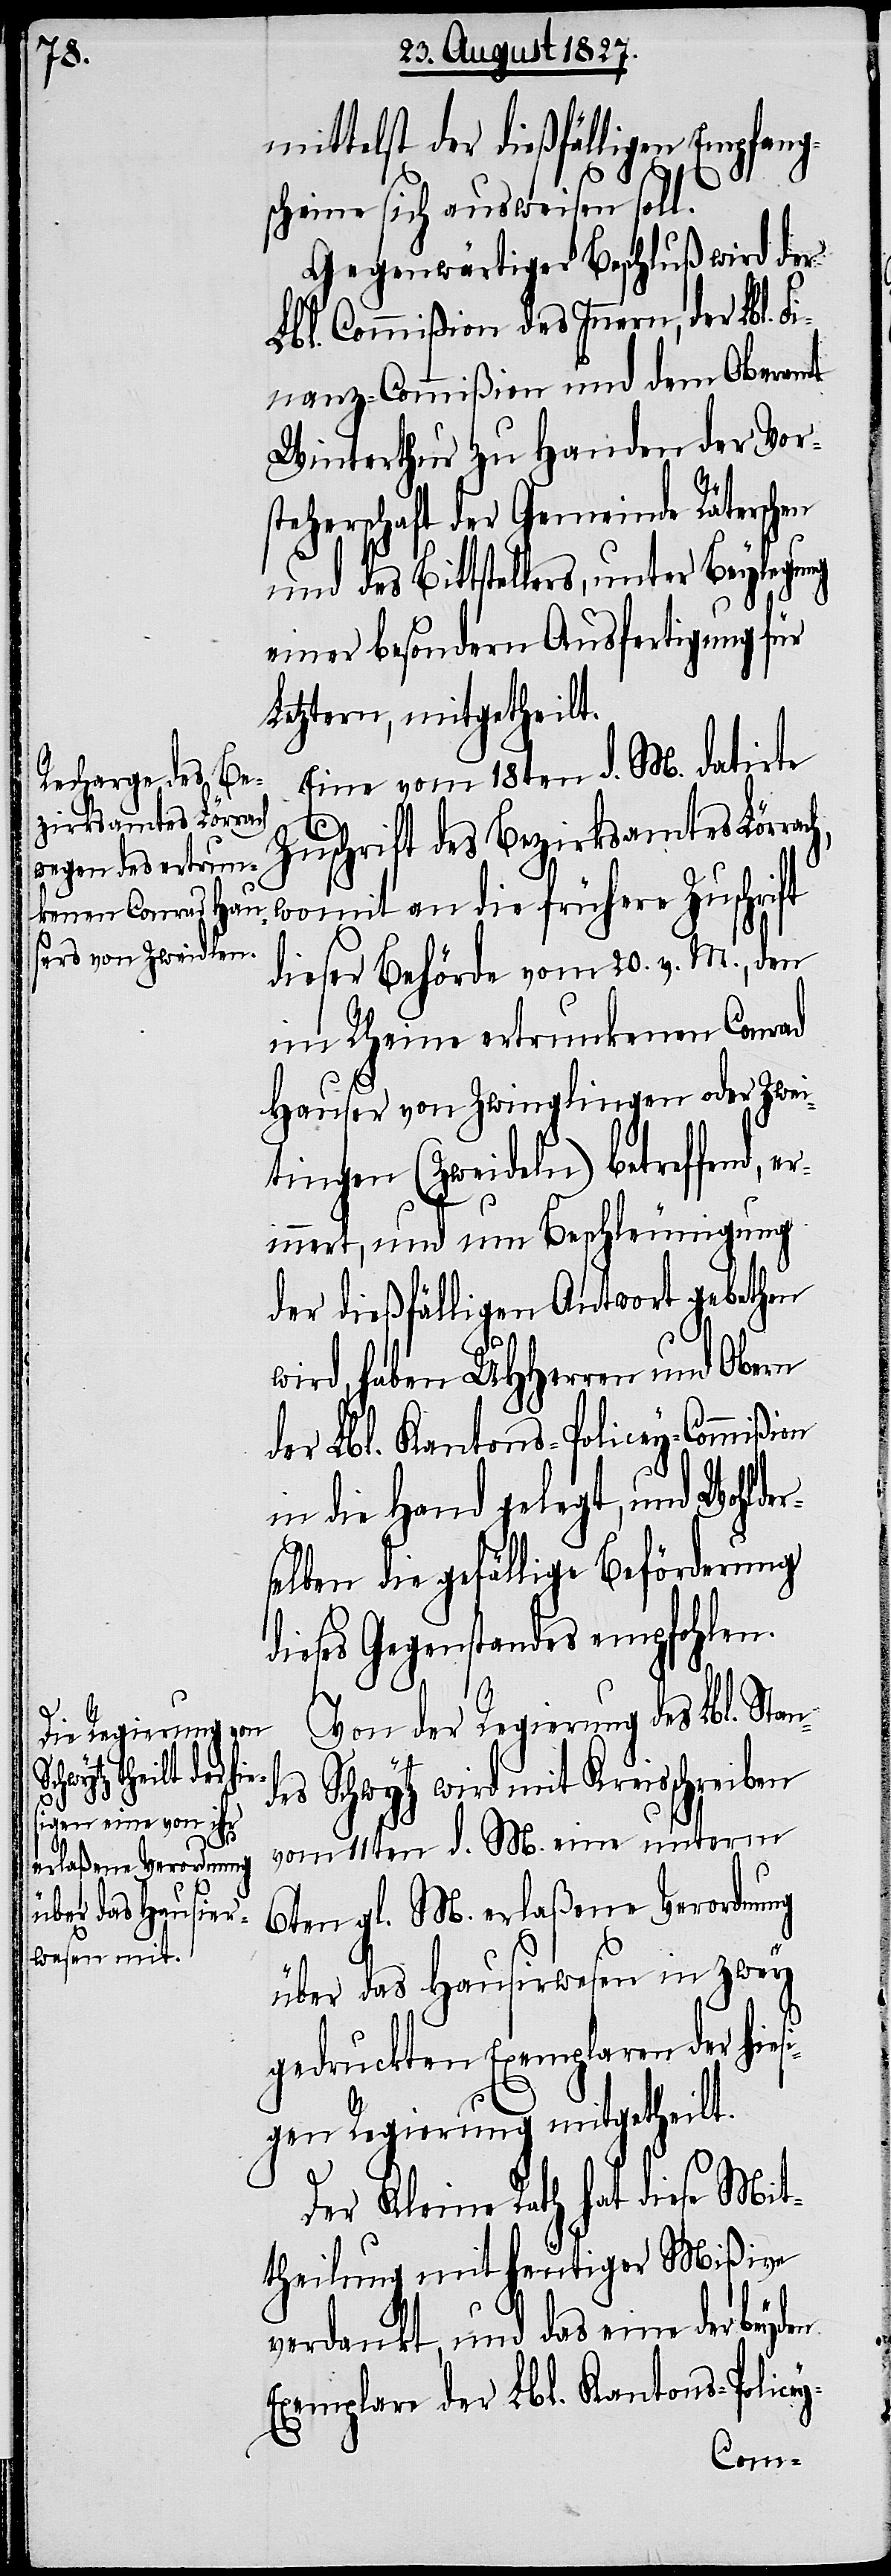
mittelst der dießfälligen Empfang¬
scheine sich ausweisen soll.
Gegenwärtiger Beschluß wird der
Lbl. Commißion des Innern, der Lbl.
Finanz-Commißion und dem Oberamt
Winterthur zu Handen der Vor¬
steherschaft der Gemeinde Räterschen
und des Bittstellers, unter Beylegung
einer besondern Ausfertigung für
Letztern, mitgetheilt.
Eine vom 18ten d. M. datirte
Zuschrift des Bezirksamtes Lör¬
dieser Behörde vom 20. v. M., den
im Rheine ertrunkenen Conrad
Hauser von Zwinglikon oder Zwei¬
tingen (Zweideln) betreffend,
y-
innert, und um Beschleunigung
der dießfälligen Antwort gebethen
wird, haben UHHerren und Obern
der Lbl. Kantons-Policey-Commißion
in die Hand gelegt, und Wohlder¬
selben die gefällige Beförderung
dieses Gegenstandes empfohlen.
M.
Von der Regierung des Lbl. Stan¬
rach, womit an die
des Schwytz wird mit Kreisschreiben
erlaßene Verordnung
über das Hausirwesen in zwey
gedruckten Exemplaren der hies¬
igen Regierung mitgetheilt.
Der Kleine Rath hat diese Mit¬
theilung mit heutiger Mißive
verdankt, und das eine der beyden
Exemplare der Lbl. Kantons-Police¬